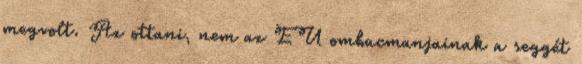
megvolt. Az ottani, nem az EU ombucmanjainak a seggét